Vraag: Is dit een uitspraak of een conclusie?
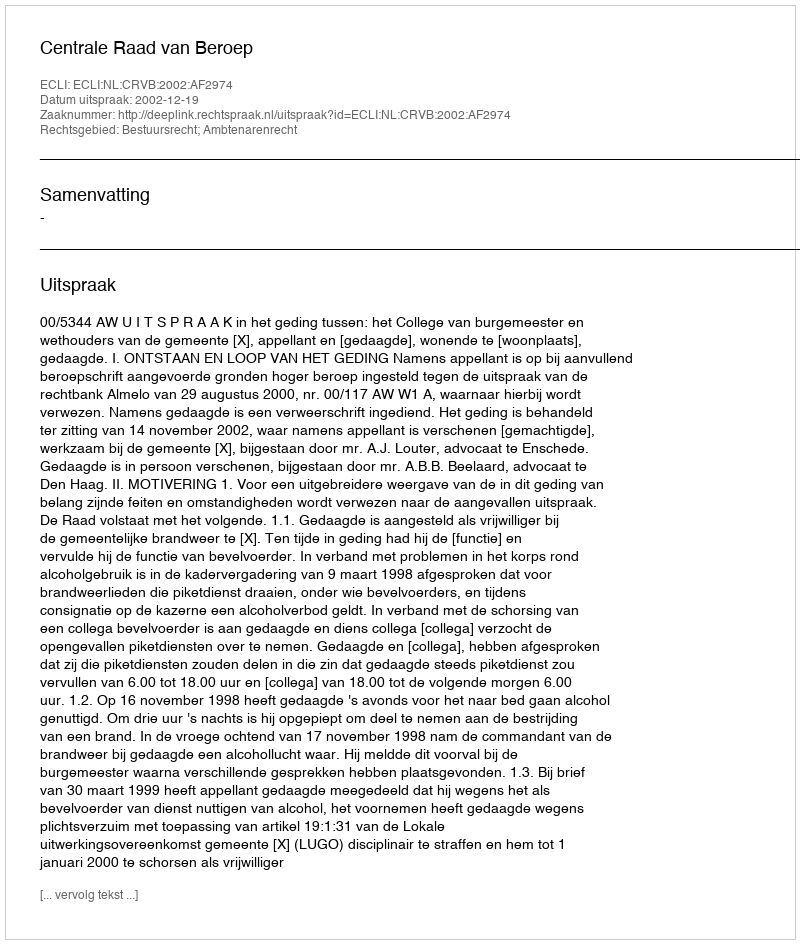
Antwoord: Uitspraak